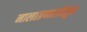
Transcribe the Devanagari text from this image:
नालाप्रणालीतून